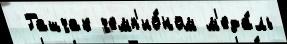
 Гашчак чемп'ио́ном м'еда́ль